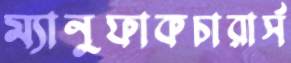
ম্যানুফাকচারার্স